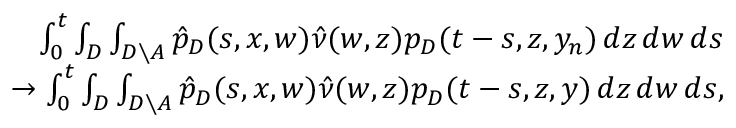
\begin{array} { r } { \int _ { 0 } ^ { t } \int _ { D } \int _ { D \setminus A } \hat { p } _ { D } ( s , x , w ) \hat { \nu } ( w , z ) p _ { D } ( t - s , z , y _ { n } ) \, d z \, d w \, d s } \\ { \to \int _ { 0 } ^ { t } \int _ { D } \int _ { D \setminus A } \hat { p } _ { D } ( s , x , w ) \hat { \nu } ( w , z ) p _ { D } ( t - s , z , y ) \, d z \, d w \, d s , } \end{array}